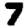
Digit: 7